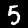
Digit: 5